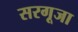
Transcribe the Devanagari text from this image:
सरगूजा